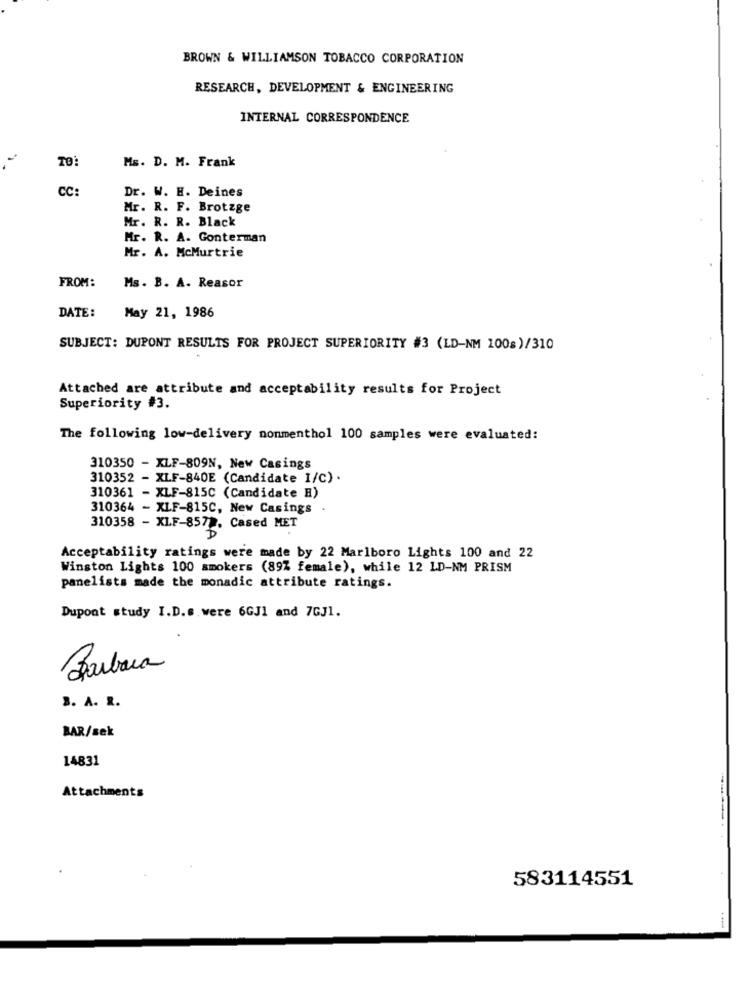
BROWN & WILLIAMSON TOBACCO CORPORATION
RESEARCH, DEVELOPMENT & ENGINEERING
INTERNAL CORRESPONDENCE
TO
Ms. D. M. Frank
CC:
Dr. W. H. Deines
Mr. R. F. Brotzge
Mr. R. R. Black
Mr. R. A. Gonterman
Mr. A. McMurtrie
FROM:
Ms. B. A. Reasor
DATE:
May 21, 1986
SUBJECT: DUPONT RESULTS FOR PROJECT SUPERIORITY #3 (LD-NM 100s)/310
Attached are attribute and acceptability results for Project
Superiority #3.
The following low-delivery nonmenthol 100 samples were evaluated:
310350 - KLF-809N, New Casings
310352 - XLF-840E (Candidate I/C) .
310361 - XLF-815C (Candidate H)
310364 - XLF-815C, New Casings .
310358 - XLF-8572, Cased MET
Acceptability ratings were made by 22 Marlboro Lights 100 and 22
Winston Lights 100 smokers (89% female), while 12 LD-NM PRISM
panelists made the monadic attribute ratings.
Dupont study I.D.s. were 6GJ1 and 7GJ1.
Barbara
3. A. R.
BAR/sek
14831
Attachments
583114551
.-